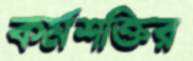
কর্মশক্তির